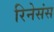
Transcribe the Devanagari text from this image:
रिनेसंस